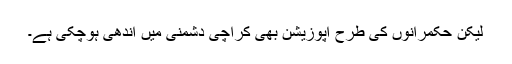
لیکن حکمرانوں کی طرح اپوزیشن بھی کراچی دشمنی میں اندھی ہوچکی ہے۔